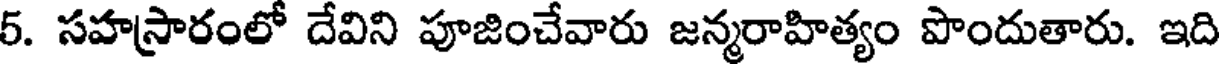
5. సహస్రారంలో దేవిని పూజించేవారు జన్మరాహిత్యం పొందుతారు. ఇది